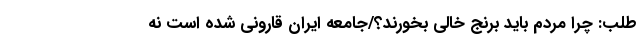
طلب: چرا مردم باید برنج خالی بخورند؟/جامعه ایران قارونی شده است نه